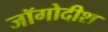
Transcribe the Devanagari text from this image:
जॉगोदीश